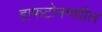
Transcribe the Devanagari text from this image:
हाफटोनमधील